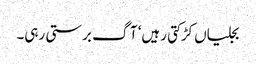
بجلیاں کڑکتی رہیں‘ آگ برستی رہی۔